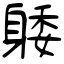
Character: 躷